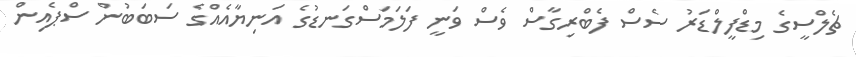
ޗެލްސީގެ މިޑްފީލްޑަރު ސެސް ފެބްރިގާސް ވެސް ވަނީ ފަލަމަސްގަނޑުގެ އަނިޔާއެއްގެ ސަބަބުން ސްޕެއިން